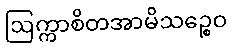
ဩက္ကာစိတအာမိသဉ္စေဝ